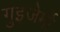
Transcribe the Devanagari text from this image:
गुइजेर्मो